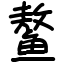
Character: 鳌